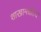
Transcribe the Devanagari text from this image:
शाखामधीत्य